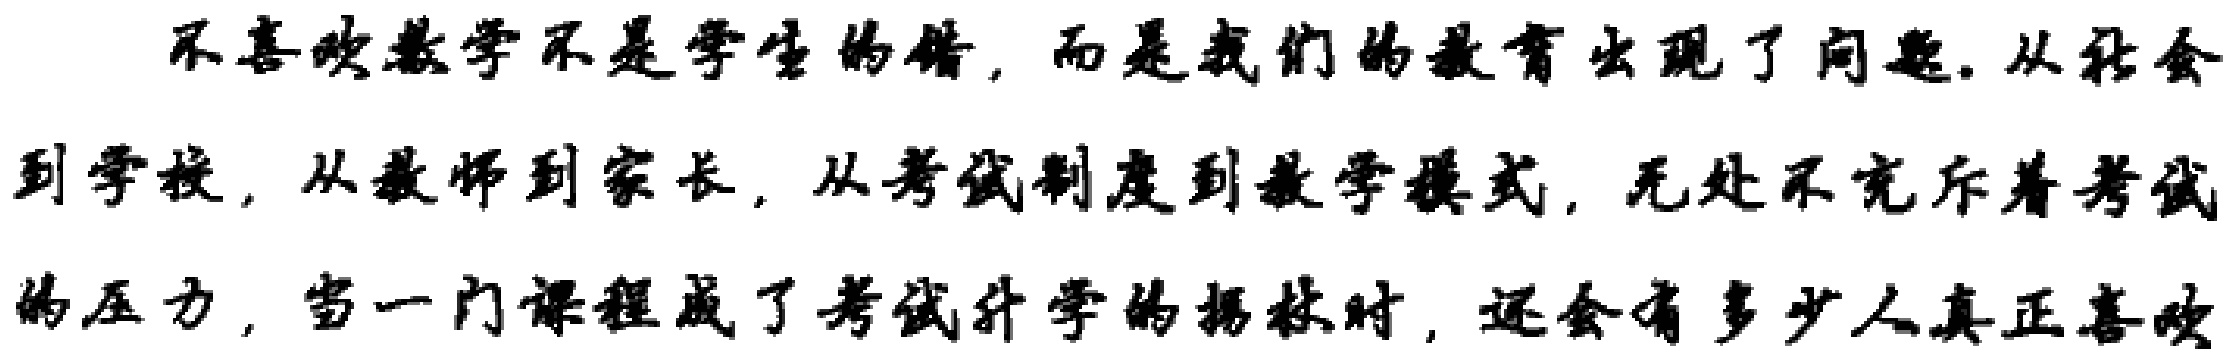
不喜欢数学不是学生的错，而是我们的教育出现了问题. 从社会
到学校，从教师到家长，从考试制度到教学模式，无处不充斥着考试
的压力，当一门课程成了考试升学的拐杖时，还会有多少人真正喜欢